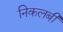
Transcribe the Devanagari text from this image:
निकलबी